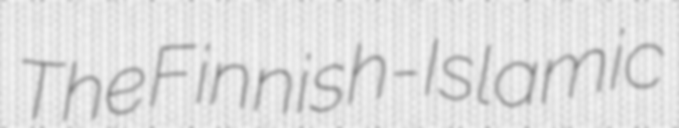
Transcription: The Finnish-Islamic